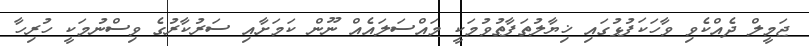
ޖަމީލް ދެއްކެވި ވާހަކަފުޅުގައި ޚިޔާލުތަފާތުވުމަކީ މައްސަލައެއް ނޫން ކަމަށާއި ސަރުކާރުގެ ވިސްނުމަކީ ހުރިހާ